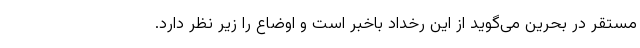
مستقر در بحرین می‌گوید از این رخداد باخبر است و اوضاع را زیر نظر دارد.